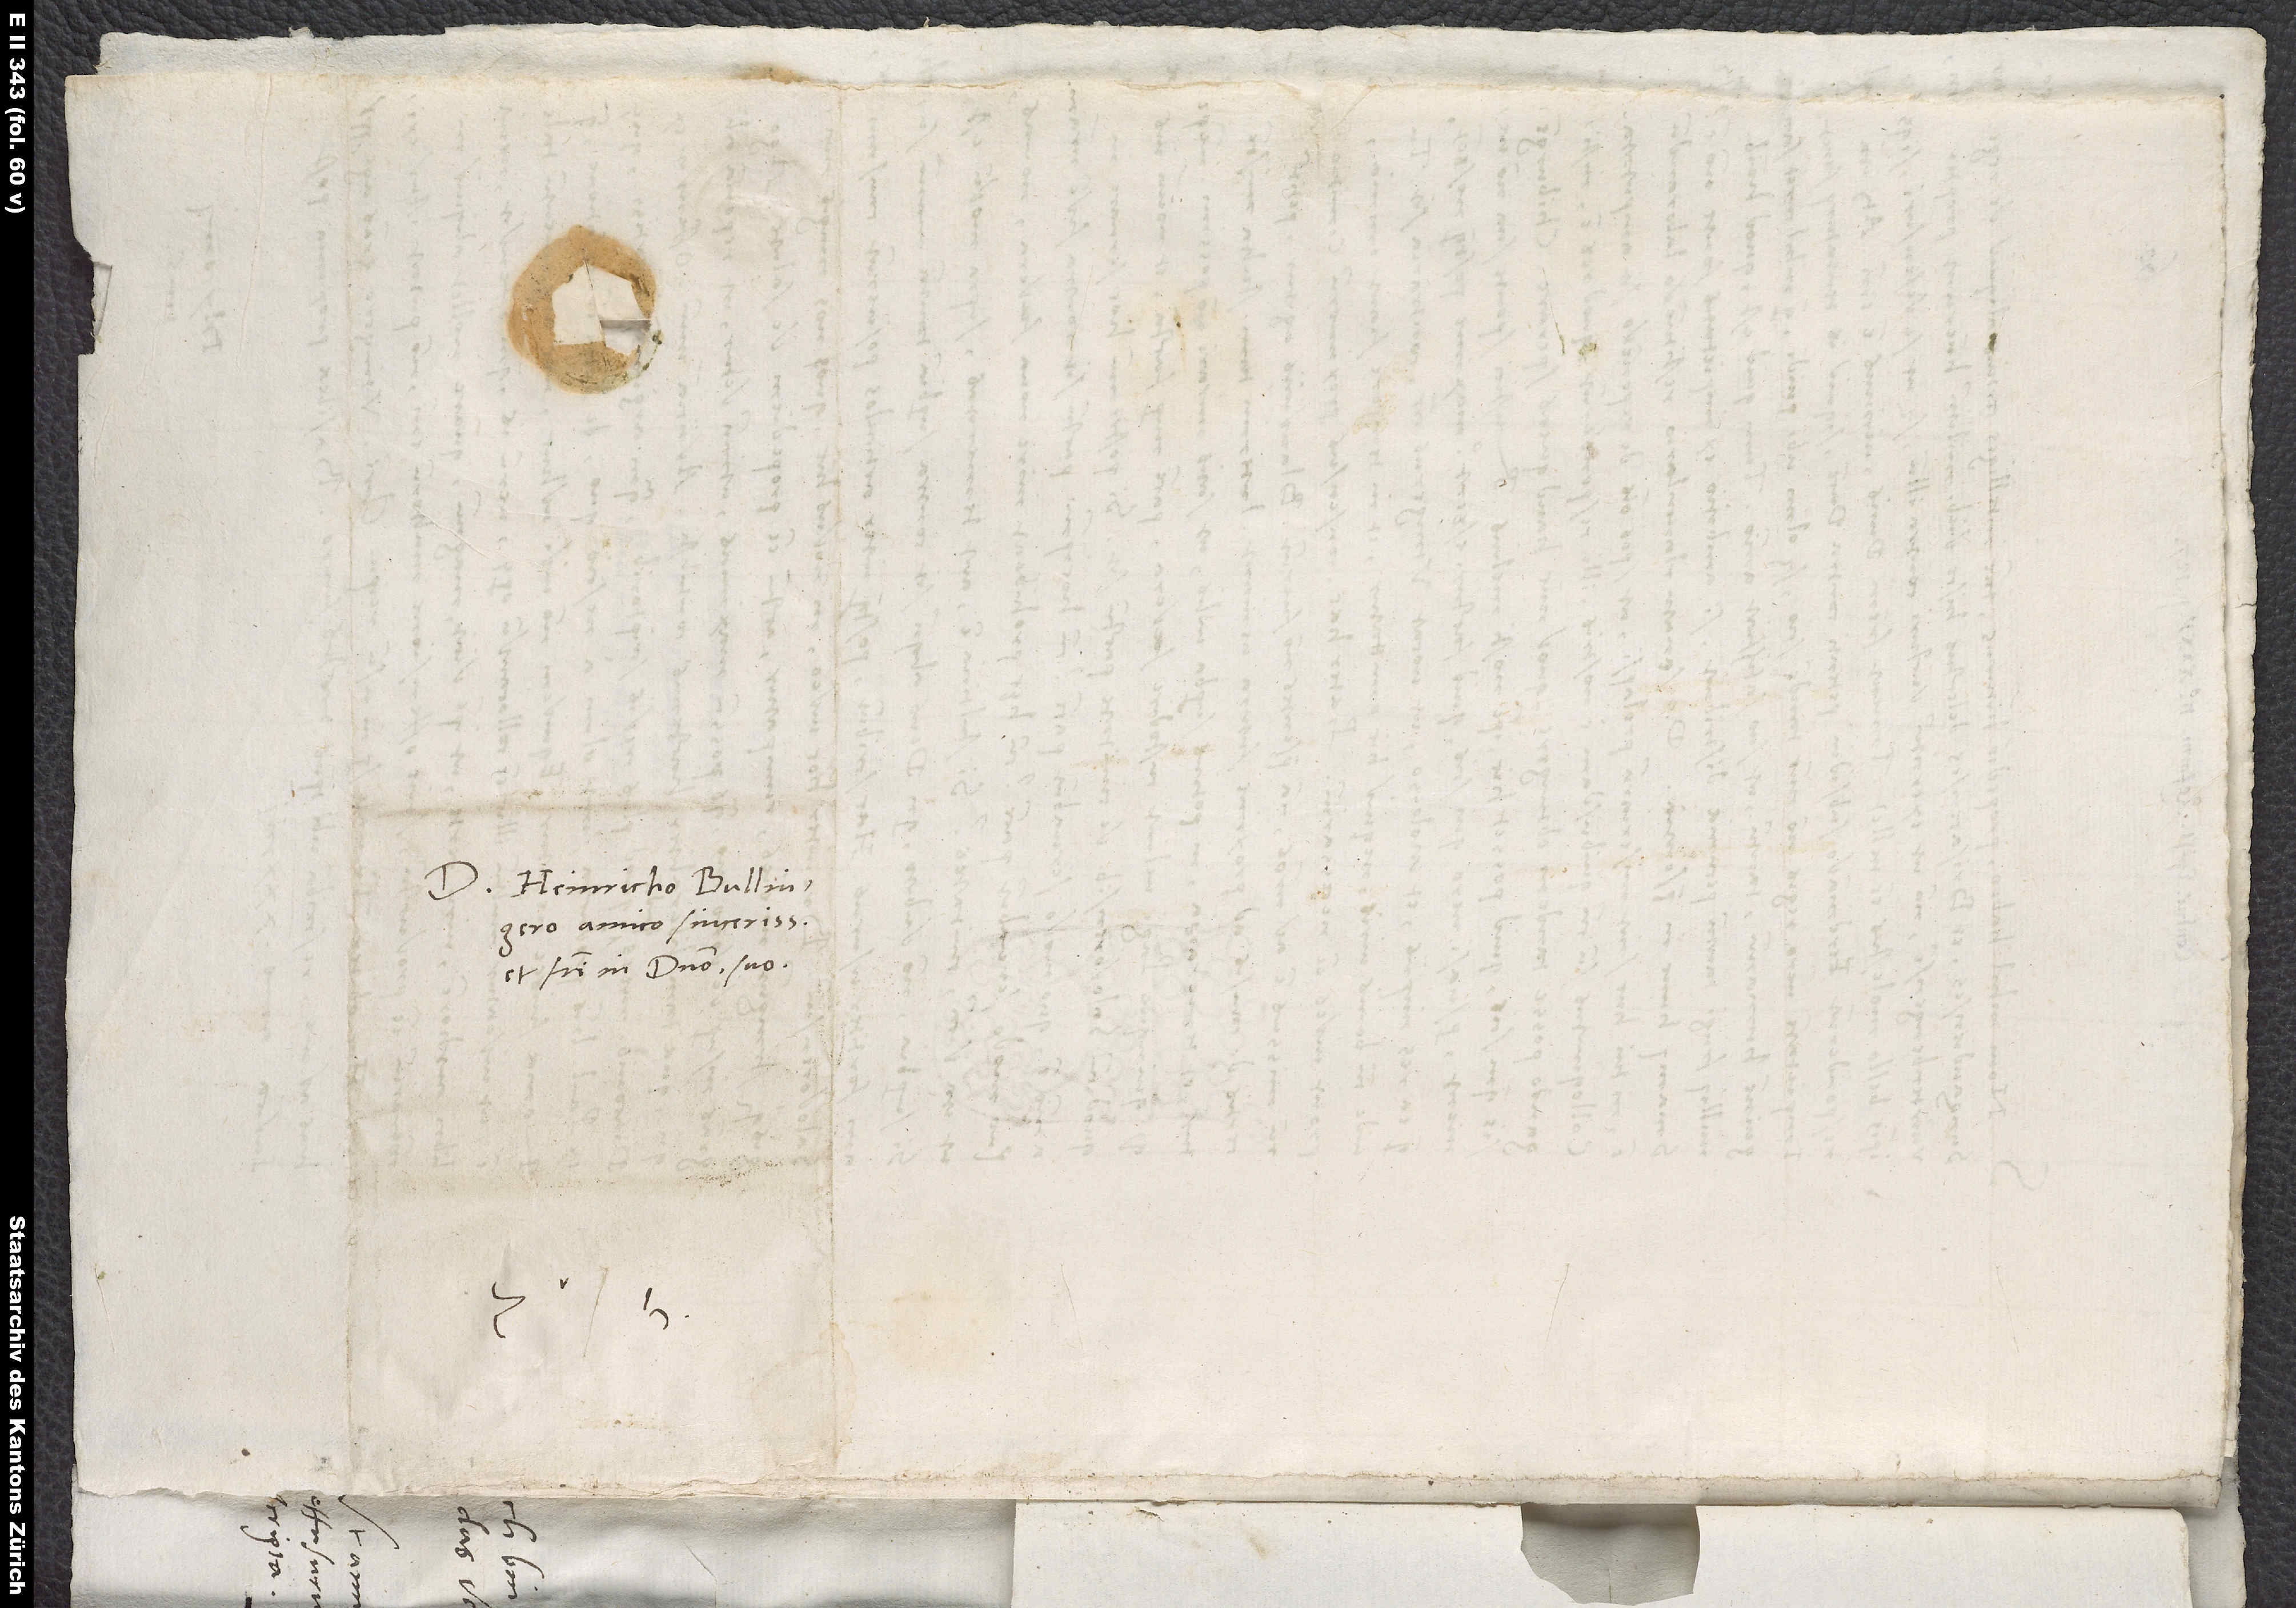
Domino Heinricho Bullingero,
amico sincerissimo
et fratri in domino suo.

S.